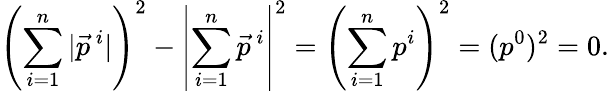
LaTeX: \left(\sum_{i=1}^{n}|\vec{p}^{\ i}|\right)^{2}-\left|\sum_{i=1}^{n}\vec{p}^{\ i}\right|^{2}=\left(\sum_{i=1}^{n}p^{i}\right)^{2}=(p^{0})^{2}=0.